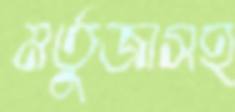
মর্তুজাসহ